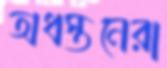
অধস্তনেরা